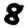
Digit: 8